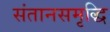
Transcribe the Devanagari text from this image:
संतानसमृद्धि